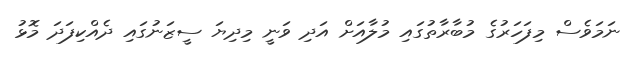
ނަމަވެސް މިފަހަރުގެ މުބާރާތުގައި މުލާއަށް އަދި ވަނީ މިދިޔަ ސީޒަނުގައި ދެއްކިފަދަ މޮޅު